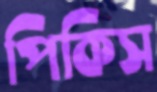
পিকিস